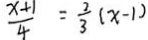
\frac { x + 1 } { 4 } = \frac { 2 } { 3 } ( x - 1 )